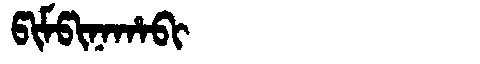
Manchu: ᡦᡳᠮᡦᡳᠨᠠᡥᠠᠪᡳ
Romanization: PIMPINAHABI